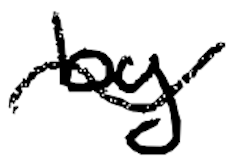
Text: by
Cross-out: wave
Writing tool: digital_black